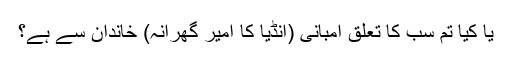
یا کیا تم سب کا تعلق امبانی (انڈیا کا امیر گھرانہ) خاندان سے ہے؟